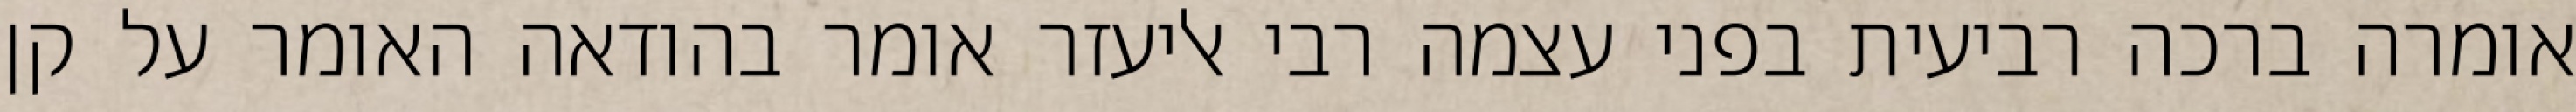
אומרה ברכה רביעית בפני עצמה רבי אליעזר אומר בהודאה האומר על קן